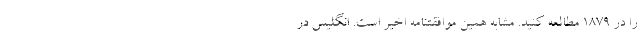
را در 1879 مطالعه كنيد. مشابه همين موافقتنامه اخير است. انگليس در